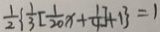
\frac { 1 } { 2 } \{ \frac { 1 } { 3 } [ \frac { 1 } { 2 0 } x + \frac { 1 } { 4 } ] + 1 \} = 1